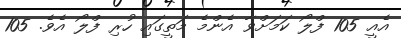
އެއީ 105 ފްލޯ ކަމަށްވާ އެންމެ މަތީގައި ހުރި ފްލޯ އެވެ. 105